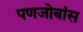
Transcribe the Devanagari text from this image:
पणजोबांस